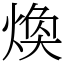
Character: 煥